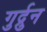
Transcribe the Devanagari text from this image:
गुर्द्रुन